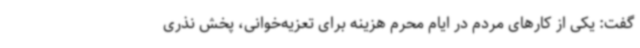
گفت: یکی از کارهای مردم در ایام محرم هزینه برای تعزیه‌خوانی، پخش نذری